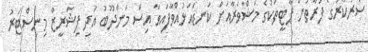
ސަރުކާރުގެ ފަރާތުން ޕާޓީތަކުގެ މަޝްވަރާއަށް ކަނޑައަޅުއްވާފައިވާ އިސް މަންދޫބު އަދި ފިޝަރީޒް މިނިސްޓަރު